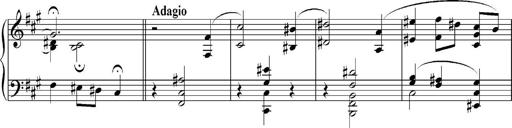
Title: Sonatina No.5
Composer: Otto Stoll
Key: F-sharp minor